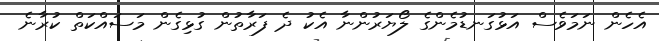
އެހެން ނަމަވެސް އަޅުގަނޑުމެންގެ ލޯޔަރުންނާ އެކު ދެ ފަރާތުން ގުޅިގެން މަސައްކަތް ކުރާނެ